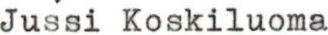
Jussi Koskiluoma